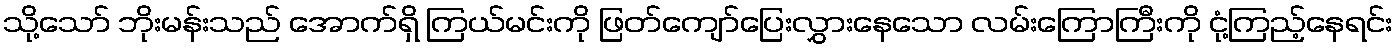
သို့သော် ဘိုးမန်းသည် အောက်ရှိ ကြယ်မင်းကို ဖြတ်ကျော်ပြေးလွှားနေသော လမ်းကြောကြီးကို ငုံ့ကြည့်နေရင်း